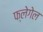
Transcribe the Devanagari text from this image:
फ्लेगेल